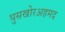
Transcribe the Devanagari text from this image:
घुसखोरअहमद